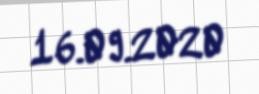
16.09.2020